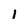
Character: i